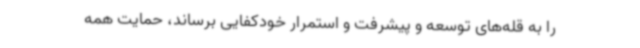
را به قله‌های توسعه و پیشرفت و استمرار خودکفایی برساند، حمایت همه